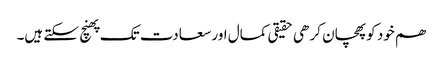
ھم خود کو پھچان کر ھی حقیقی کمال اور سعادت تک پھنچ سکتے ہیں۔